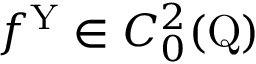
f ^ { \mathrm { Y } } \in C _ { 0 } ^ { 2 } ( \mathrm { Q } )